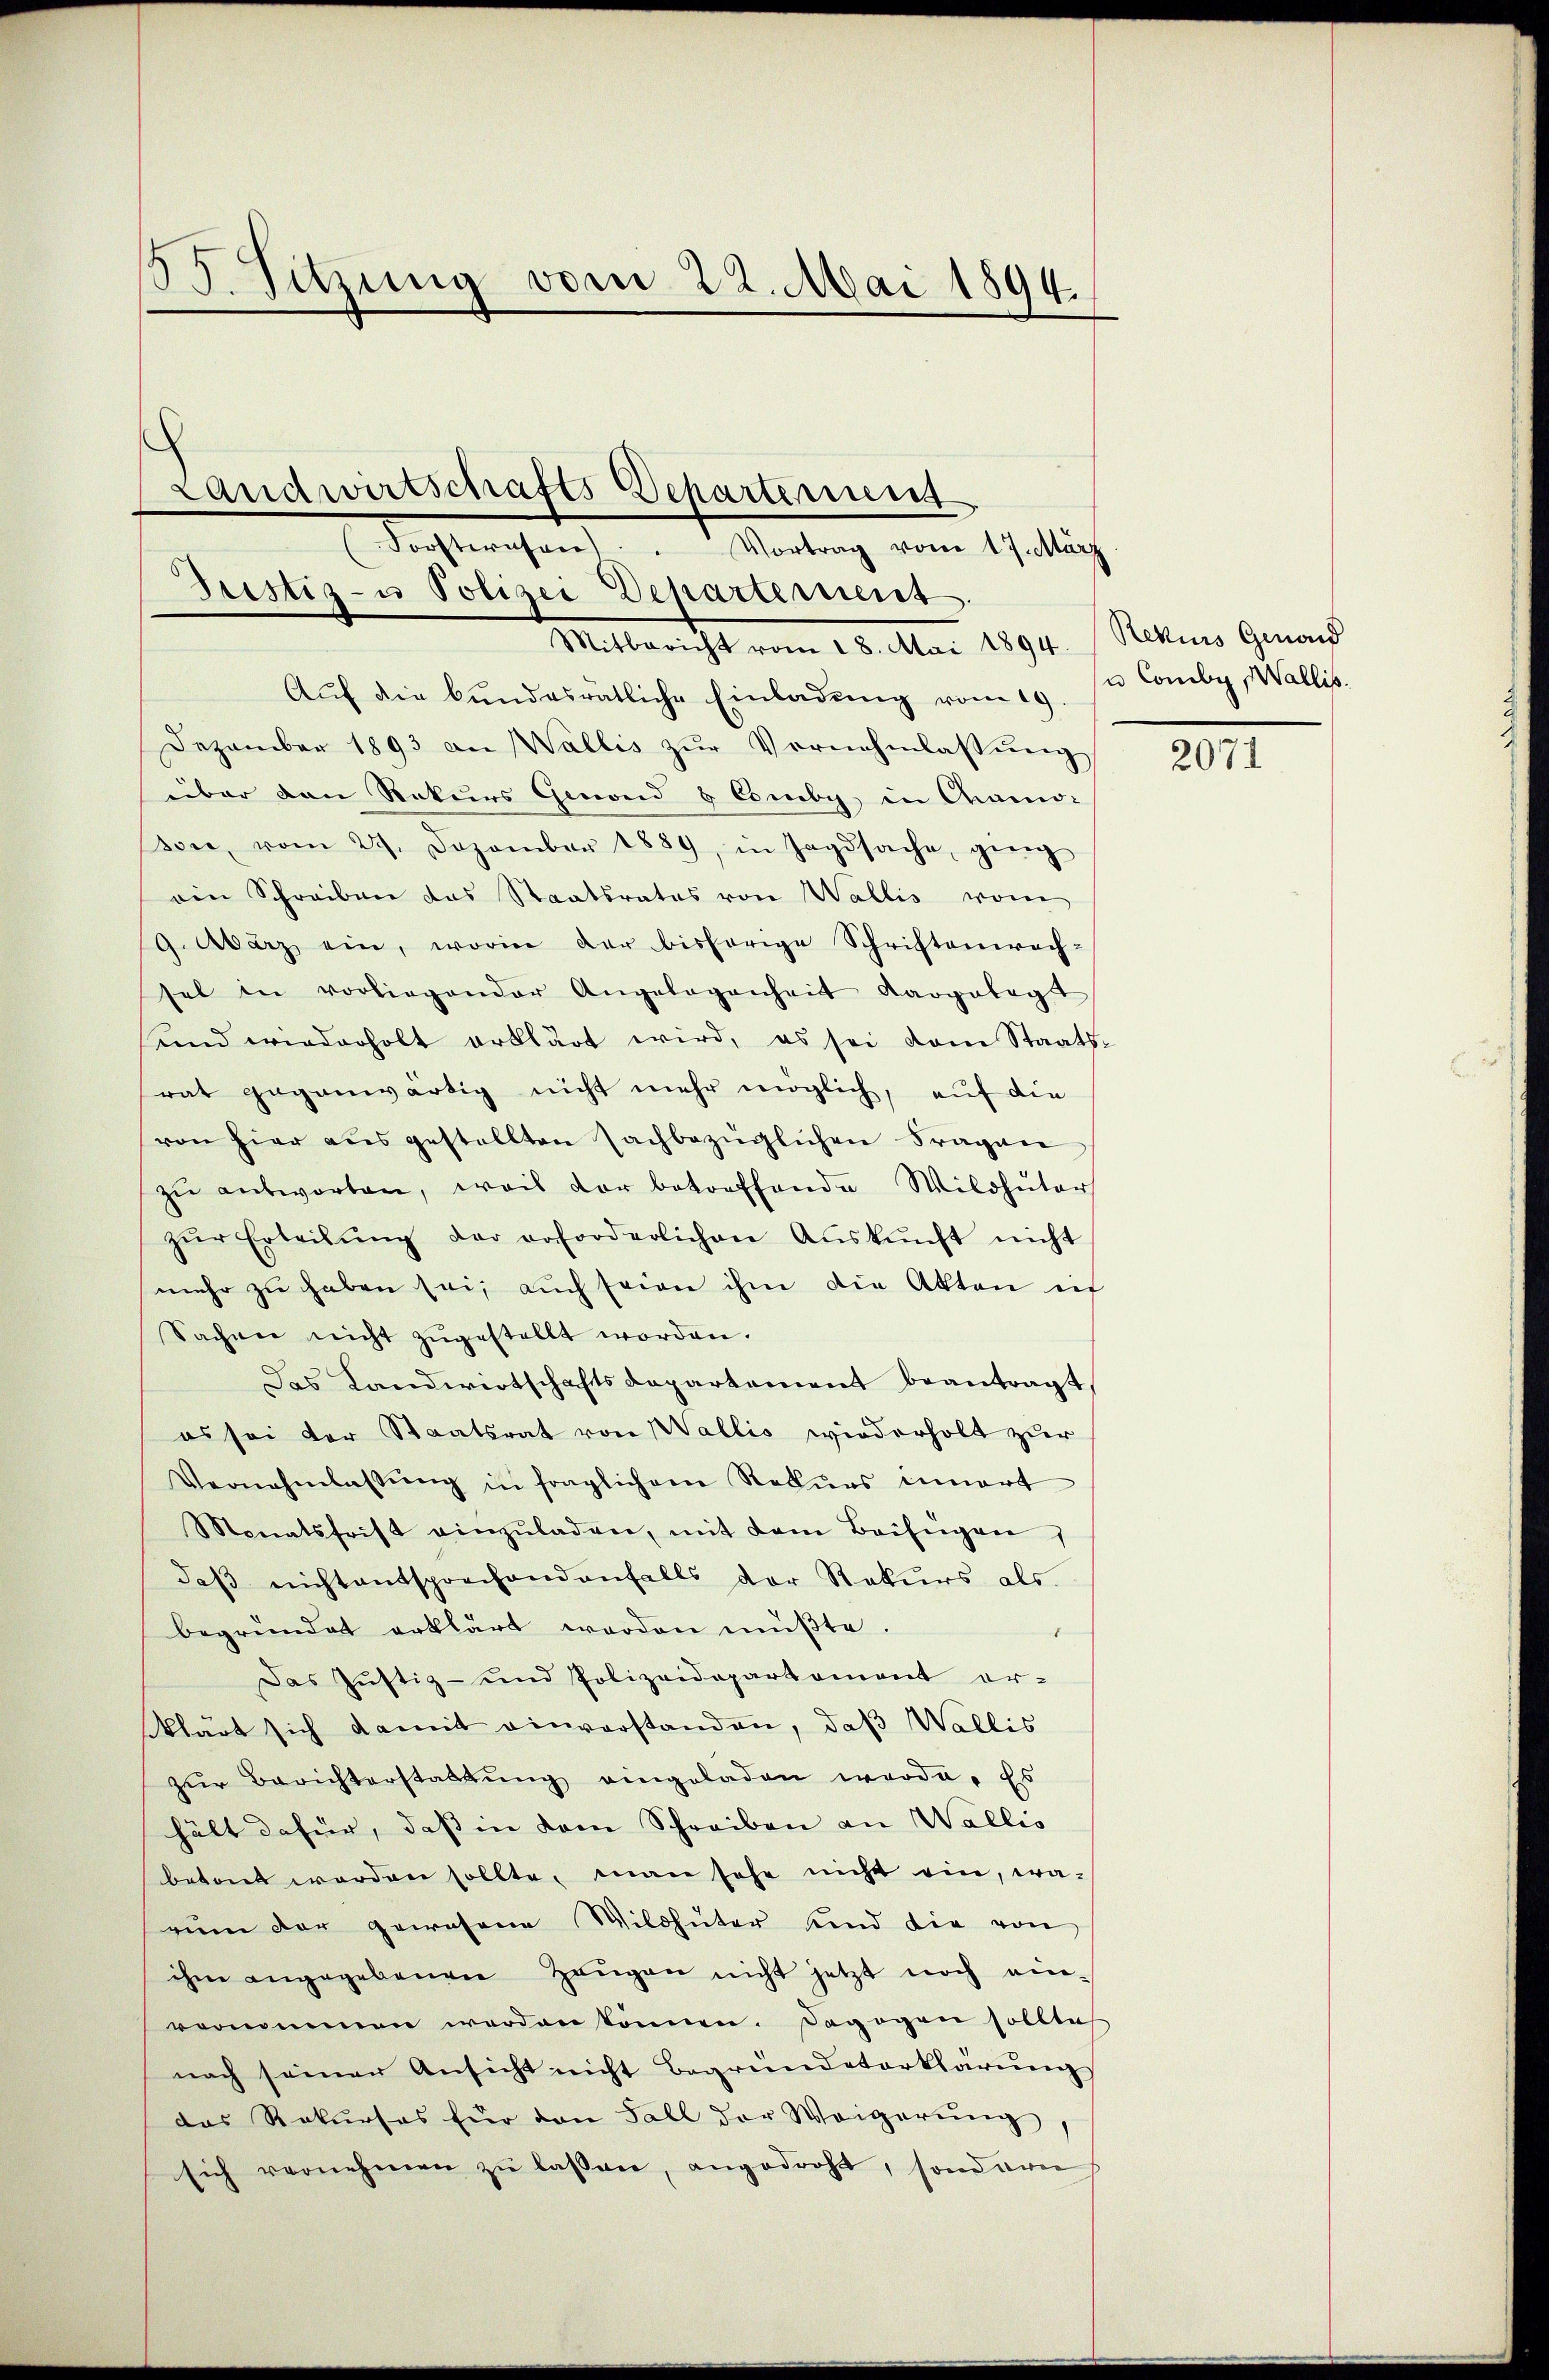
13. Sitzung vom 22. Mai 1894.
Landwirtschafts-Departement
Forsterner . Vortrag vom 17. März

Fristiz- u Polizei Departement.
Mittracht vom 25. Mai 1894. / Rains Gemach

Aŭf die bundesratliche Einladung vom 19.
Dezember 1893 an Wallis zŭr Vernehmlassŭng
über den Rekurs Genond & Comby in Chamo-
son, vom 29. Dezember 1889, in Jagdsache, geeig
ein Schreiben das Staatsrates von Wallis vom
9. März ein, worin der bisherige Schriftenwach-
sel in vorliegender Angelegenheit dargelegt
unnd wiederholt erklärt wird, es sei dem Staats-
rat gegenwärtig nicht mehr möglich, auf die
von hier aŭsgestellten Nachbezüglichen Fragene
zŭ antworten, weis der betreffende Wildhüter
zŭr Erbeitŭng der erforderlichen Aŭskŭnft nicht
mehr zŭ haben sei, auch seien ihm die Akten eif
Sachen nicht zugestellt worden.
Das Landwirtschaftsdepartement beantragt,
es sei der Staatsrat von Wallis wiederholt zur
Vernehmlassŭng in fraglichem Rekurs innert
Monatsfrist einzŭladen, mit dem Beifügen,
daβ nicht entsprechendenfalls der Rekurs als
begründet erklärt werden müβte.
1
Das Justiz- und Polizeidepartement er-
klärt sich damit einverstanden, daß Wallis
zŭr Berichterstattŭng eingeladen werde. Es
hält dafür, daß in dem Schreiben an Wallis
betont werden sollte, man sehe nicht ein, wazum der gewesene Wildhüter sind die von
ihm angegebenen Zeŭgen nicht jetzt noch ein-
vernommen werden können. Dagegen solltech
nach seiner Ansicht nicht Begründeterklärŭng
das Rekurses für den Fall der Weigerŭng,
sich vernehmen zŭ lassen, angedroht, sondern

u Concl. Wallis.

2071